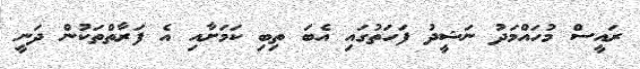
ރައީސް މުހައްމަދު ނަޝީދު ފަހަތުގައި އެބަ ތިބި ކަމަށާއި އެ ފަރާތްތަކުން ދަނީ